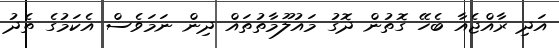
އަދި ރާއްޖެއާ ބެހޭ ގޮތުން ދޮގު މައުލޫމާތުތައް ދިން ނަމަވެސް އެކަމުގެ ތެދު